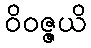
ဝိဝဇ္ဇယိ